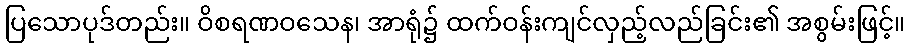
ပြသောပုဒ်တည်း။ ဝိစရဏဝသေန၊ အာရုံ၌ ထက်ဝန်းကျင်လှည့်လည်ခြင်း၏ အစွမ်းဖြင့်။